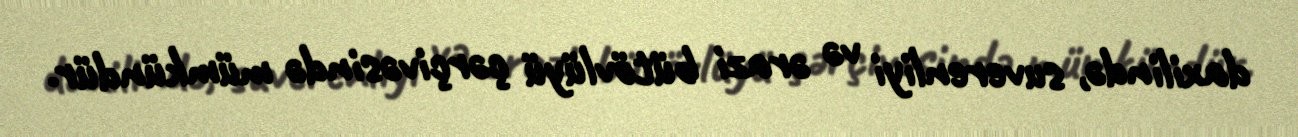
daxilində, suverenliyi və ərazi bütövlüyü çərçivəsində mümkündür.